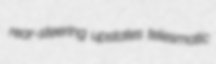
rear-steering upstates telesmatic